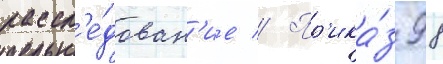
рассл'е́дован'ие // Пр'ика́з 98